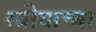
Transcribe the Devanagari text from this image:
स्त्रीयाच्या